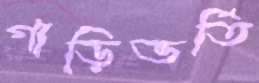
গাড়িভর্তি